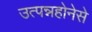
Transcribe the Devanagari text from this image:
उत्पन्नहोनेसे